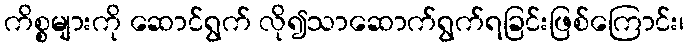
ကိစ္စများကို ဆောင်ရွက် လို၍သာဆောက်ရွက်ရခြင်းဖြစ်ကြောင်း၊